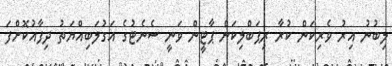
ލިބުނު އިރު ވެރިކަން ކުރާ ރިޕަބްލިކަން ޕާޓީން ވަނީ ސެނެޓުގެ އަގުލަބިއްޔަތު ދިފާއުކޮށްފަ